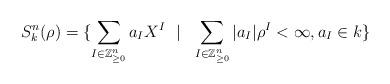
LaTeX: \begin{align*} S_k^n(\rho) = \{ \sum_{I \in \mathbb{Z}^{n}_{\geq 0}} a_I X^I\ \ | \ \ \sum_{I \in \mathbb{Z}^{n}_{\geq 0}} |a_I| \rho^I < \infty , a_I \in k\} \end{align*}